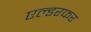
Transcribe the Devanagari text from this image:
एल्डरफर